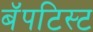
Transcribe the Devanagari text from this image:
बॅपटिस्ट